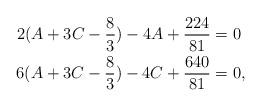
LaTeX: \begin{align*}2(A+3C-\frac{8}{3})-4A+\frac{224}{81}&=0\\6(A+3C-\frac{8}{3})-4C+\frac{640}{81}&=0,\end{align*}